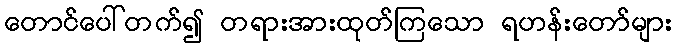
တောင်ပေါ်တက်၍ တရားအားထုတ်ကြသော ရဟန်းတော်များ